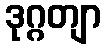
ဒုဂ္ဂတျာ